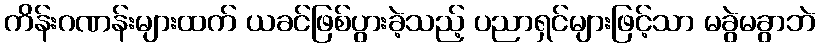
ကိန်းဂဏန်းများထက် ယခင်ဖြစ်ပွားခဲ့သည့် ပညာရှင်များဖြင့်သာ မခွဲမခွာဘဲ